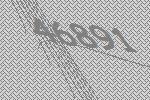
46891